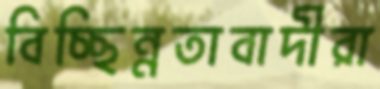
বিচ্ছিন্নতাবাদীরা